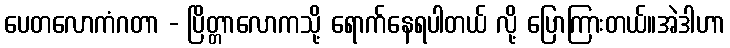
ပေတလောကံဂတာ - ပြိတ္တာလောကသို့ ရောက်နေရပါတယ် လို့ ပြောကြားတယ်။အဲဒါဟာ